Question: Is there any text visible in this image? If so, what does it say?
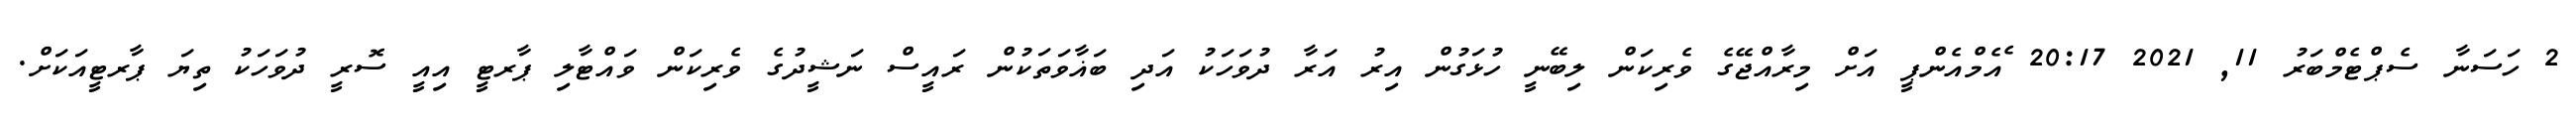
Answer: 2 ހަސަނާ ސެޕްޓެމްބަރު 11, 2021 20:17 ެއެމްއެންޕީ އަށް މިރާއްޖޭގެ ވެރިކަން ލިބޭނީ ހުޅަގުން އިރު އަރާ ދުވަހަކު އަދި ބަޣާވަތަކުން ރައީސް ނަޝީދުގެ ވެރިކަން ވައްޓާލި ޕާރޓީ އިއީ ސޮރީ ދުވަހަކު ތިޔަ ޕާރޓީއަކަށް.